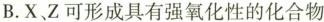
B.X、Z可形成具有强氧化性的化合物